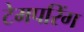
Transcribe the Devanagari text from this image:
टेमपरिंग